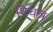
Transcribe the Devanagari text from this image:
विचत्र